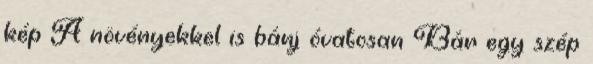
kép A növényekkel is bánj óvatosan Bár egy szép